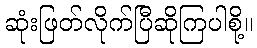
ဆုံးဖြတ်လိုက်ပြီဆိုကြပါစို့။